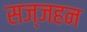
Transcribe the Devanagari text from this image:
सज्जहन